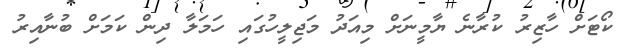
ކޯޓަށް ހާޒިރު ކުރާނެ ޔާމީނަށް މިއަދު މަޖިލީހުގައި ހަމަލާ ދިން ކަމަށް ބުނާއިރު